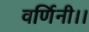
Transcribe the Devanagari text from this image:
वर्णिनी।।